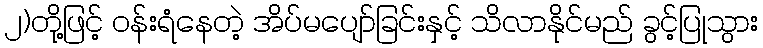
၂)တို့ဖြင့် ဝန်းရံနေတဲ့ အိပ်မပျော်ခြင်းနှင့် သိလာနိုင်မည် ခွင့်ပြုသွား